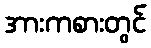
အားကစားတွင်